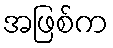
အဖြစ်က